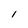
Character: 1